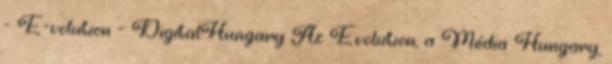
- E-volution - DigitalHungary Az Evolution, a Média Hungary,